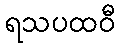
ရသပထဝီ